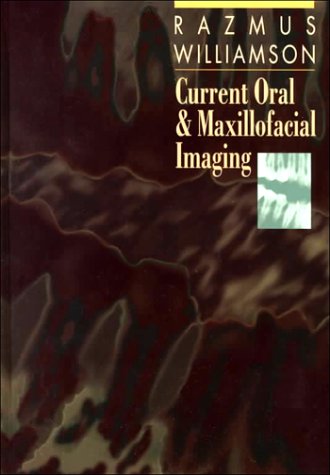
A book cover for Current Oral and Maxillofacial Imaging, 1e; Thomas F. Razmus DDS  MS; Medical Books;